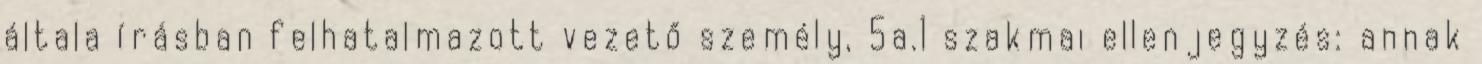
általa írásban felhatalmazott vezető személy, 5a.1 szakmai ellenjegyzés: annak